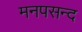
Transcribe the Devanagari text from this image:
मनपसन्द